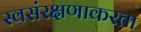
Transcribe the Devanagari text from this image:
स्वसंरक्षणाकरता